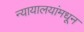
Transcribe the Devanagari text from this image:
न्यायालयांमधून